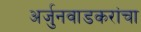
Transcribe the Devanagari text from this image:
अर्जुनवाडकरांचा